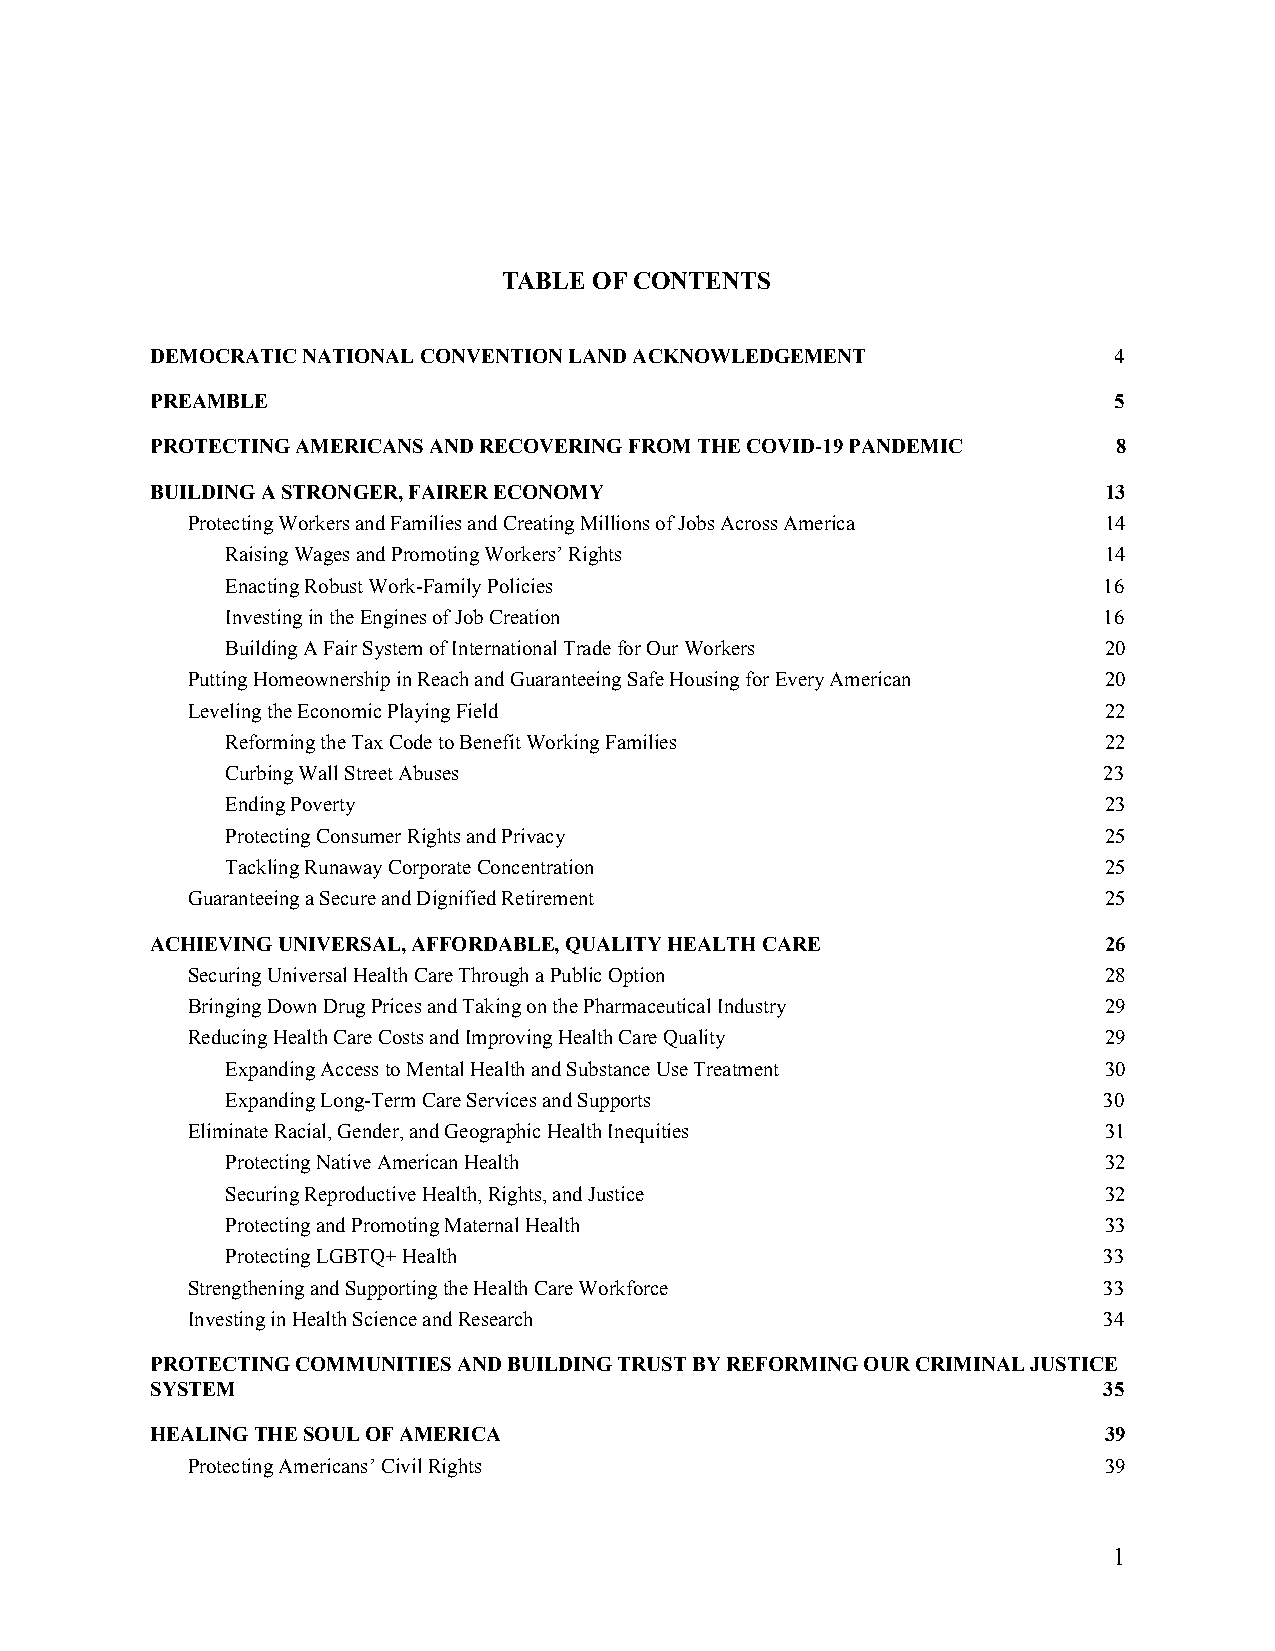
TABLE OF CONTENTS
 DEMOCRATIC NATIONAL CONVENTION LAND ACKNOWLEDGEMENT             4
 PREAMBLE                                                        5
 PROTECTING AMERICANS AND RECOVERING FROM THE COVID-19 PANDEMIC  8
 BUILDING A STRONGER, FAIRER ECONOMY                            13
 Protecting Workers and Families and Creating Millions of Jobs Across America 14
 Raising Wages and Promoting Workers’ Rights               14
 Enacting Robust Work-Family Policies                      16
 Investing in the Engines of Job Creation                  16
 Building A Fair System of International Trade for Our Workers 20
 Putting Homeownership in Reach and Guaranteeing Safe Housing for Every American 20
 Leveling the Economic Playing Field                          22
 Reforming the Tax Code to Benefit Working Families        22
 Curbing Wall Street Abuses                                23
 Ending Poverty                                            23
 Protecting Consumer Rights and Privacy                    25
 Tackling Runaway Corporate Concentration                  25
 Guaranteeing a Secure and Dignified Retirement               25
 ACHIEVING UNIVERSAL, AFFORDABLE, QUALITY HEALTH CARE           26
 Securing Universal Health Care Through a Public Option       28
 Bringing Down Drug Prices and Taking on the Pharmaceutical Industry 29
 Reducing Health Care Costs and Improving Health Care Quality 29
 Expanding Access to Mental Health and Substance Use Treatment 30
 Expanding Long-Term Care Services and Supports            30
 Eliminate Racial, Gender, and Geographic Health Inequities   31
 Protecting Native American Health                         32
 Securing Reproductive Health, Rights, and Justice         32
 Protecting and Promoting Maternal Health                  33
 Protecting LGBTQ+ Health                                  33
 Strengthening and Supporting the Health Care Workforce       33
 Investing in Health Science and Research                     34
 PROTECTING COMMUNITIES AND BUILDING TRUST BY REFORMING OUR CRIMINAL JUSTICE
 SYSTEM                                                         35
 HEALING THE SOUL OF AMERICA                                    39
 Protecting Americans’ Civil Rights                           39
 1